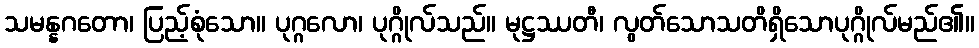
သမန္နဂတော၊ ပြည့်စုံသော။ ပုဂ္ဂလော၊ ပုဂ္ဂိုလ်သည်။ မုဋ္ဌဿတီ၊ လွတ်သောသတိရှိသောပုဂ္ဂိုလ်မည်၏။